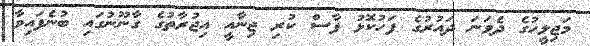
މަޖިލީހުގެ ދެވަނަ ދައުރުގެ ފަހުކޮޅު ފާސް ކުރި ޖިނާއީ އިޖުރާތުގެ ގާނޫނުގައި ބުނެފައިވާ